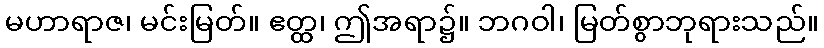
မဟာရာဇ၊ မင်းမြတ်။ ဧတ္ထ၊ ဤအရာ၌။ ဘဂဝါ၊ မြတ်စွာဘုရားသည်။